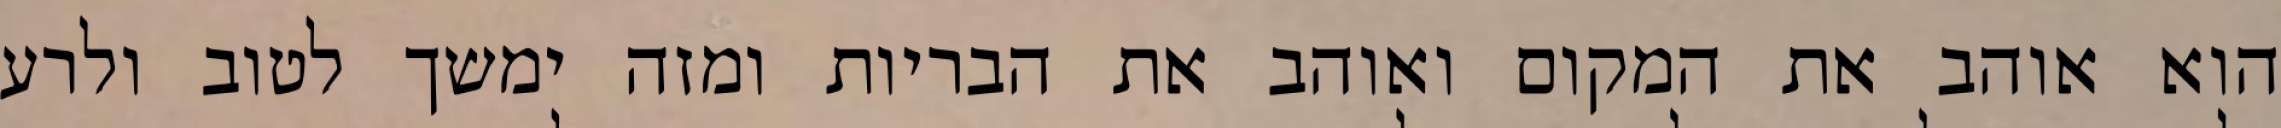
הוא אוהב את המקום ואוהב את הבריות ומזה ימשך לטוב ולרע